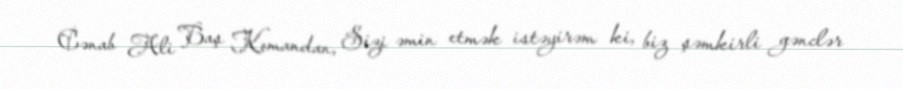
Cənab Ali Baş Komandan, Sizi əmin etmək istəyirəm ki, biz şəmkirli gənclər